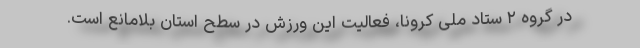
در گروه ۲ ستاد ملی کرونا، فعالیت این ورزش در سطح استان بلامانع است.